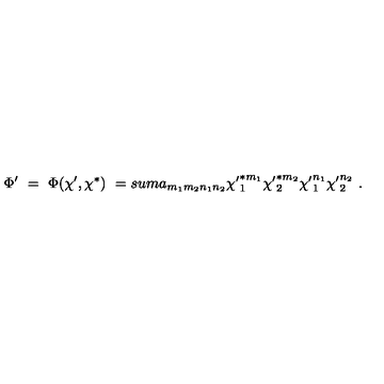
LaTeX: \Phi ^ { \prime } \ = \ \Phi ( \chi ^ { \prime } , \chi ^ { * } ) \ = s u m a _ { m _ { 1 } m _ { 2 } n _ { 1 } n _ { 2 } } { \chi ^ { \prime } } _ { 1 } ^ { * m _ { 1 } } { \chi ^ { \prime } } _ { 2 } ^ { * m _ { 2 } } { \chi ^ { \prime } } _ { 1 } ^ { n _ { 1 } } { \chi ^ { \prime } } _ { 2 } ^ { n _ { 2 } } \ .